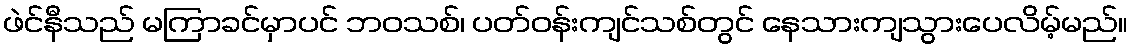
ဖဲင်နီသည် မကြာခင်မှာပင် ဘဝသစ်၊ ပတ်ဝန်းကျင်သစ်တွင် နေသားကျသွားပေလိမ့်မည်။